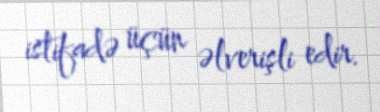
istifadə üçün əlverişli edir.